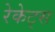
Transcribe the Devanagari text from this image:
रेकेट्स